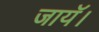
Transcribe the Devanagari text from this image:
जायॅ।